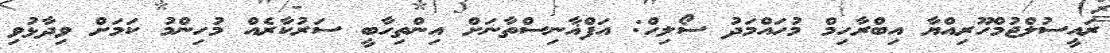
ރައީސުލްޖުމްހޫރިއްޔާ އިބްރާހިމް މުހައްމަދު ސޯލިހް: އަފްޣާނިސްތާނަށް އިންތިހާބީ ސަރުކާރެއް މުހިންމު ކަމަށް ވިދާޅުވި